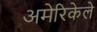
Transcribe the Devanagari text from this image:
अमेरिकेले